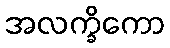
အလက္ခိကော